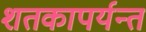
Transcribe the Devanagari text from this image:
शतकापर्यन्त